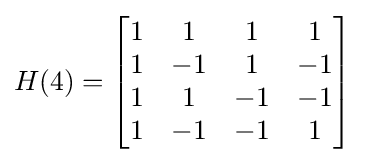
H(4)={\begin{bmatrix}1&1&1&1\\1&-1&1&-1\\1&1&-1&-1\\1&-1&-1&1\\\end{bmatrix}}